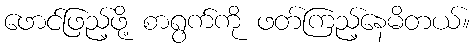
ဖောင်ဖြည့်ဖို့ စာရွက်ကို ဖတ်ကြည့်နေမိတယ်။